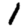
Digit: 1